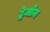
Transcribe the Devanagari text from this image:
ट्रेजोन